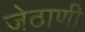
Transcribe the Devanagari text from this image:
जेठाणी